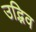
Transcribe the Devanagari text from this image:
उद्भिव